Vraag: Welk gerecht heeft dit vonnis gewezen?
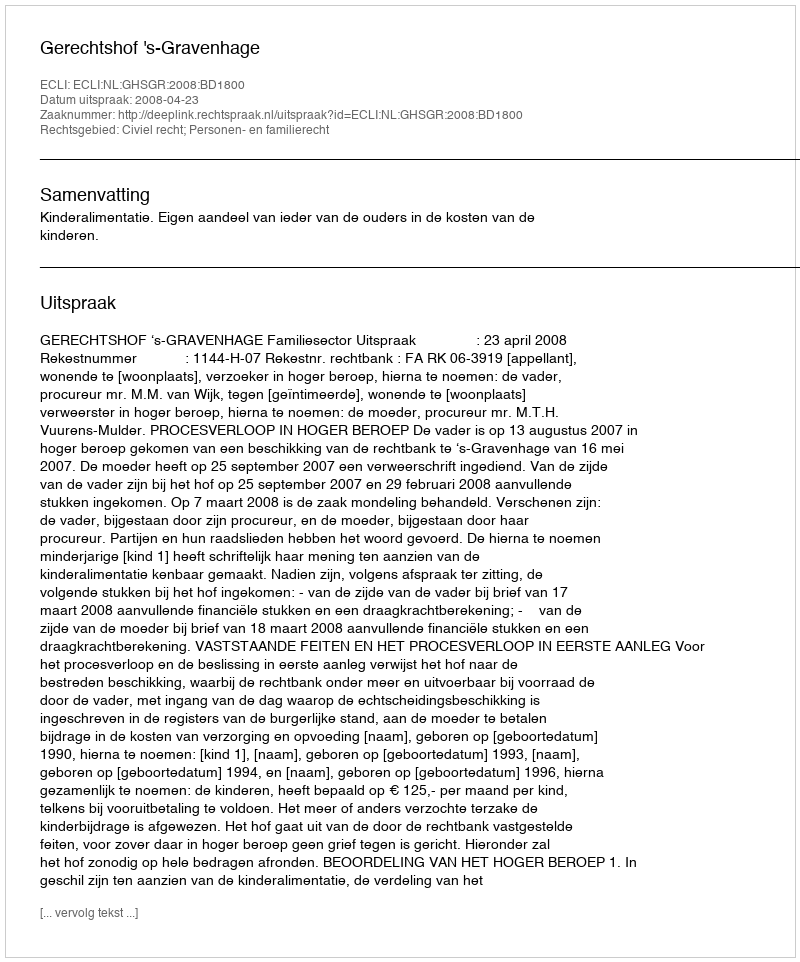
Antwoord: Gerechtshof 's-Gravenhage